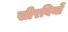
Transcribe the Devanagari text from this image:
सीरवियों